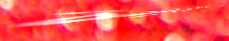
معرض العربية